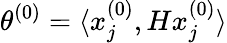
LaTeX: \theta^{(0)}=\langle x_{j}^{(0)},Hx_{j}^{(0)}\rangle